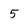
Character: 5